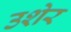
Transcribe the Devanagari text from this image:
उशेर